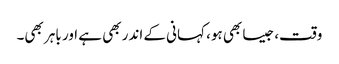
وقت، جیسا بھی ہو، کہانی کے اندر بھی ہے اور باہر بھی۔